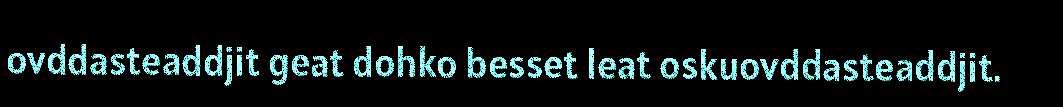
ovddasteaddjit geat dohko besset leat oskuovddasteaddjit.